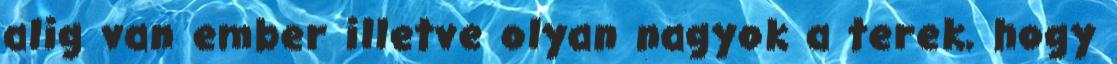
alig van ember illetve olyan nagyok a terek, hogy